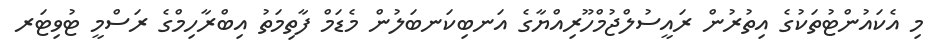
މި އެކައުންޓުތަކުގެ އިތުރުން ރައީސުލްޖުމްހޫރިއްޔާގެ އަނބިކަނބަލުން މެޑަމް ފާތިމަތު އިބްރާހިމްގެ ރަސްމީ ޓުވިޓަރ